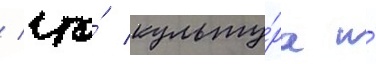
/ что́ культу́ра и́